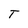
Character: T